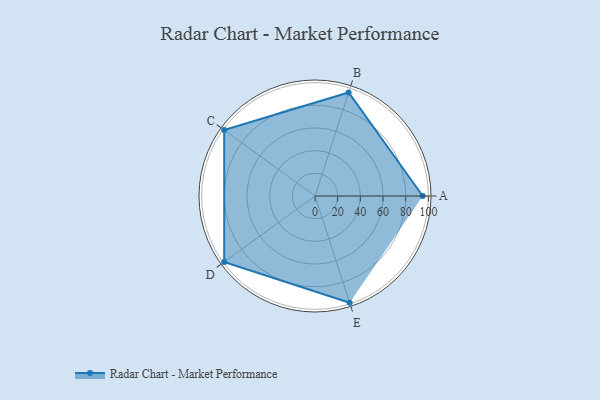
{"axis": {"x": "Skill", "y": "Score"}, "legend": ["Profile"], "data": [{"x": "A", "y": 95.0, "type": "Profile"}, {"x": "B", "y": 96.0, "type": "Profile"}, {"x": "C", "y": 99.0, "type": "Profile"}, {"x": "D", "y": 99, "type": "Profile"}, {"x": "E", "y": 99, "type": "Profile"}]}